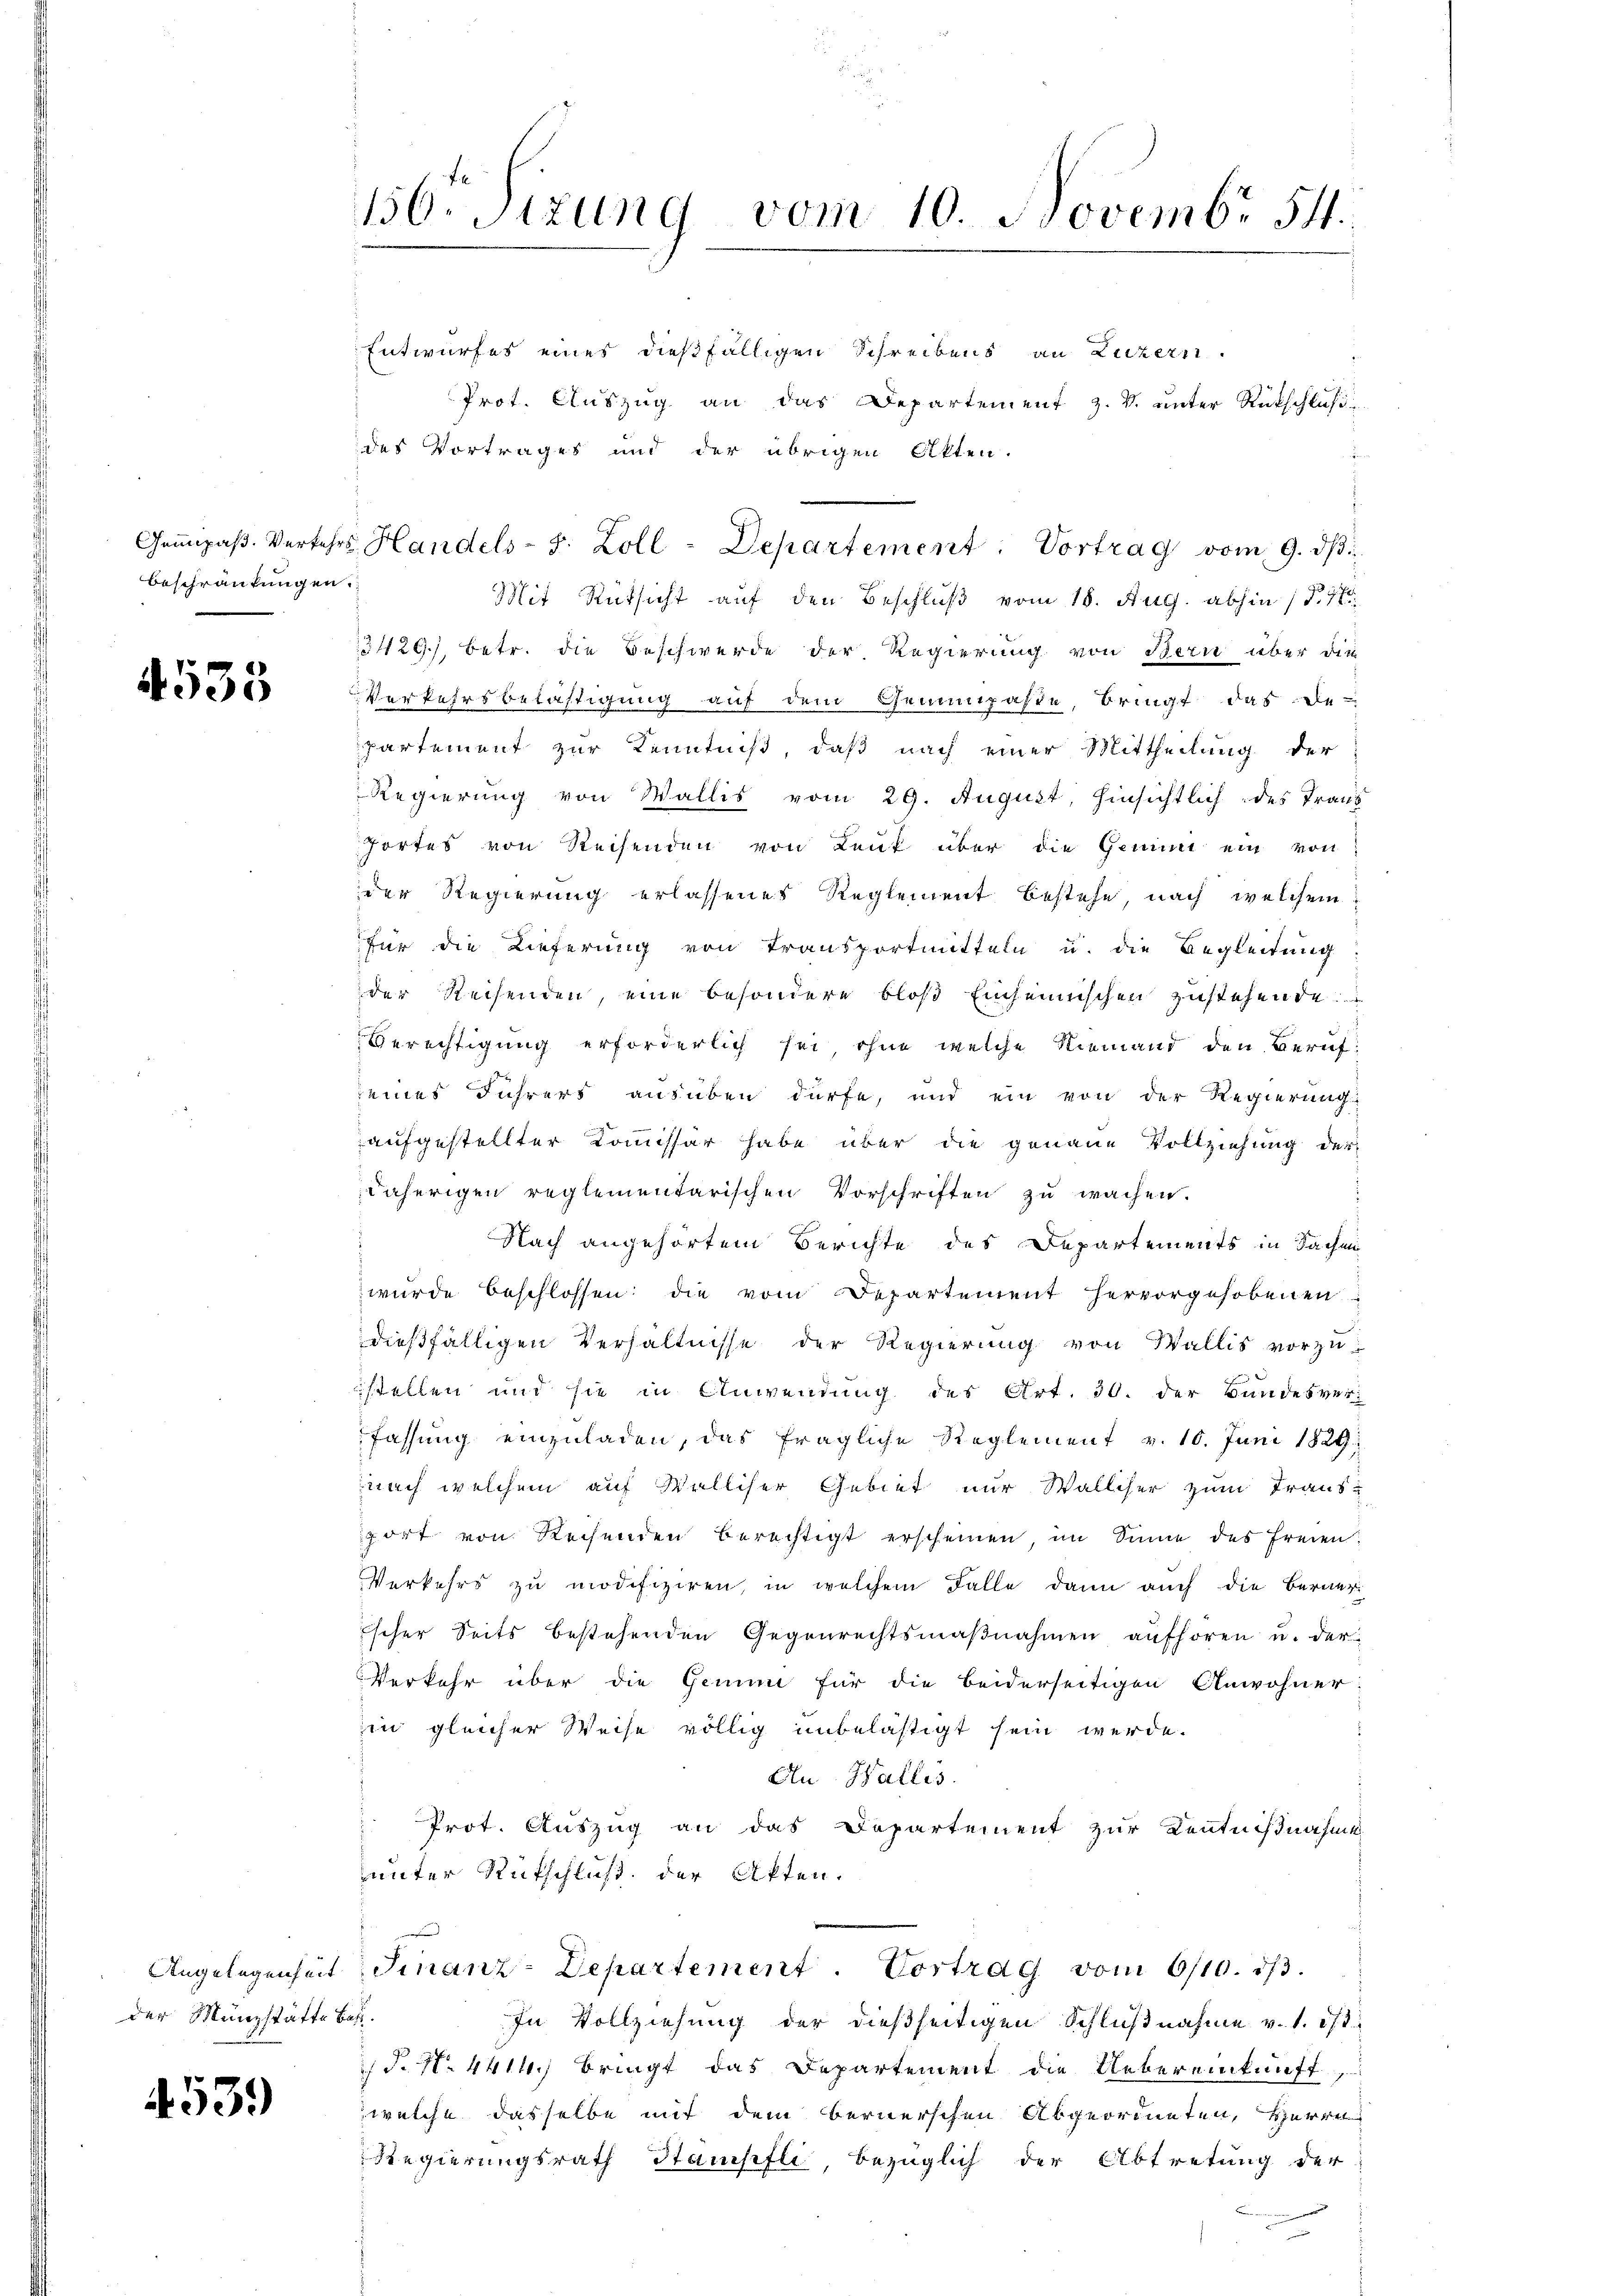
Beschränkungen.

4535

der Münzstätte betr.

539)

156. Sizung vom 10. Novembr 54.

Entwurfes eines dießfälligen Schreibens an Luzern.
Prot. Auszug an das Departement z. V. unter Rückschluß
des Vortrages und der übrigen Akten.
Mit Rüksicht auf den Beschluß vom 18. Aug. abhin 17
3429), betr. die Beschwerde der Regierung von Bern über die
Verkehrsbelästigung auf dem Gemeinpaste, bringt das de
partement zur Kenntniß, daß nach einer Mittheilung der
Regierung von Wallis vom 29. August, hinsichtlich des Trans
Tortes von Reisenden von Lenk über die Gemüt ein von
der Regierung erlassenes Reglement bestehe, nach welchem
für die Lieferung von Transportmitteln u. die Begleitung
der Reisenden, eine besondere bloß einheimischen zustehende
Berechtigung erforderlich sei, ohne welche Niemand den Beruf
eines Führers ausüben dürfe, und ein von der Regierung
aufgestellter Kommissär habe über die genaue Vollziehung der
e
daherigen reglementarischen Vorschriften zu wachen.
s
Nach angehörtem Berichte des Departements in Sachen
wurde beschlossen: die vom Departement hervorgehobenen
dießfälligen Verhältnisse der Regierung von Wallis vorzu-
stellen und sie in Anwendung des Art. 30. der Bandesver-
fassung einzuladen, das fragliche Reglement v. 16. Juni 1829
nach welchem auf Walliser Gebiet nur Walliser zum Traus-
fort von Rechenden berechtigt erscheinen, im Sinne des Freien:
Verkehrs zu modifiziren, in welchem Falle dann auch die Berner
ischer Seits bestehenden Gegenrechtsmaβnahmen aufhören u. der
Verkehr über die Gemune für die beiderseitigen Anwohner:
in gleicher Weise völlig unbelästigt sein werde.
An Wallis.
Prot. Auszug an das Departement zur Kentnißnahme
unter Rutschluß der Akten.
Angelegenheit Finanz-Departement. Vortrag vom 6/10. dβ.
In Vollziehung der dießseitigen Schlußnahme v. 1. 273
§. N. 441 bringt das Departement die Uebereinkunft,
welche dasselbe mit dem Bernerschen Abgeordneten, Herre
Regierungsrath Stampfli bezüglich der Abtretung der

Grmpaβ. Verkehrs Handels-S. Zoll-Departement. Vortrag vom 9. dβ.